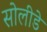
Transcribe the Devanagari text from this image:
सोलीडे